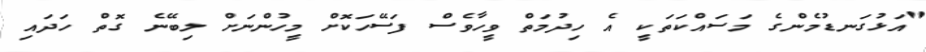
"އަޅުގަނޑުމެންގެ މަސައްކަތަކީ އެ ހިދުމަތް ވީހާވެސް ފަސޭހަކޮށް މީހުންނަށް ލިބޭނެ ގޮތް ހަދައި